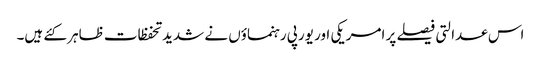
اس عدالتی فیصلے پر امریکی اور یورپی رہنماؤں نے شدید تحفظات ظاہر کئے ہیں۔